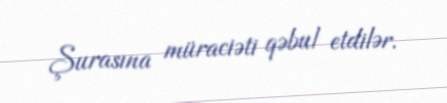
Şurasına müraciəti qəbul etdilər.